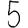
Digit: 5